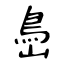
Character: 㠀